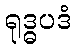
ရုဒ္ဓပဒံ